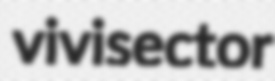
vivisector